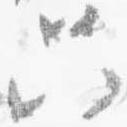
只